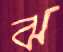
ঝ